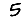
Digit: 5